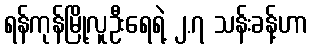
ရန်ကုန်မြို့လူဦးရေရဲ့ ၂.၇ သန်းခန့်ဟာ